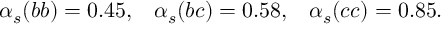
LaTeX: \alpha _ { s } ( b b ) = 0 . 4 5 , \; \; \; \alpha _ { s } ( b c ) = 0 . 5 8 , \; \; \; \alpha _ { s } ( c c ) = 0 . 8 5 . \; \; \;